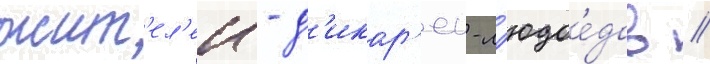
жит'ел'еи - д'икар'еи-л'юдое́дов //